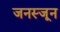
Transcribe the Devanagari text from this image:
जनस्जून